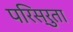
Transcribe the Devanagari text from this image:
परिस्रुता